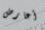
أعارض